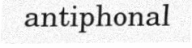
antiphonal